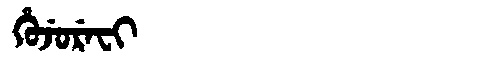
Manchu: ᡥᡠᠵᡠᡵᡝᠸᡳ
Romanization: HUJUREFI